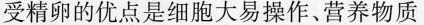
受精卵的优点是细胞大易操作、营养物质